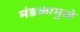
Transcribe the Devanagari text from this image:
मंडळामुळे